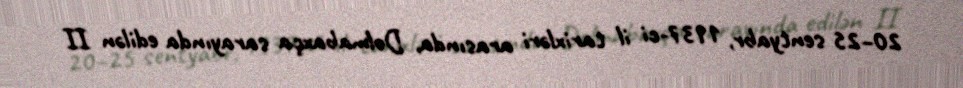
20–25 sentyabr, 1937-ci il tarixləri arasında, Dolmabaxça sarayında edilən II